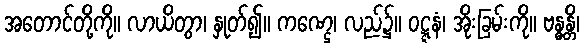
အတောင်တို့ကို။ လာယိတွာ၊ နှုတ်၍။ ကဏ္ဌေ၊ လည်၌။ ဝဋ္ဋနံ၊ အိုးခြမ်းကို။ ဗန္ဓန္တိ၊